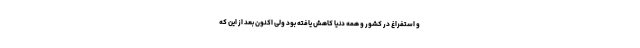
و استفراغ در کشور و همه دنیا کاهش یافته بود ولی اکنون بعد از این که